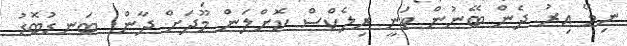
ނިމޭ އިރު ދެން ބޭނުން ވަނީ ރިލެކްސް ކޮށްލަން މޫދަށް ދާން. ބަނޑުބޮޑު